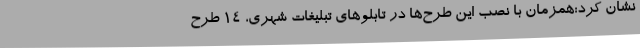
نشان کرد:همزمان با نصب این طرح‌ها در تابلوهای تبلیغات شهری، 14 طرح